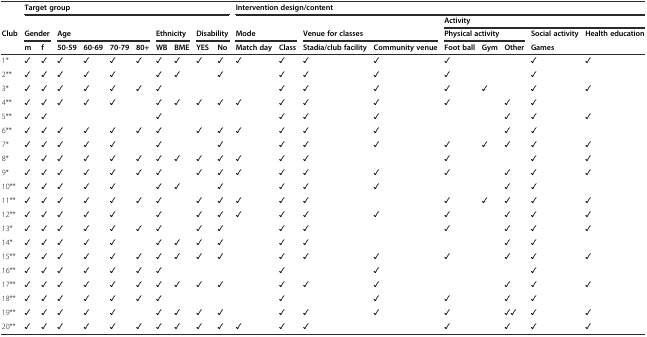
<table><thead><tr><td></td><td colspan="10"><b>Target group</b></td><td colspan="9"><b>Intervention design/content</b></td></tr><tr><td></td><td colspan="2"></td><td colspan="8"></td><td colspan="4"></td><td colspan="5"><b>Activity</b></td></tr><tr><td><b>Club</b></td><td colspan="2"><b>Gender</b></td><td colspan="4"><b>Age</b></td><td colspan="2"><b>Ethnicity</b></td><td colspan="2"><b>Disability</b></td><td colspan="2"><b>Mode</b></td><td colspan="2"><b>Venue for classes</b></td><td colspan="3"><b>Physical activity</b></td><td><b>Social activity</b></td><td><b>Health education</b></td></tr><tr><td></td><td><b>m</b></td><td><b>f</b></td><td><b>50-59</b></td><td><b>60-69</b></td><td><b>70-79</b></td><td><b>80+</b></td><td><b>WB</b></td><td><b>BME</b></td><td><b>YES</b></td><td><b>No</b></td><td><b>Match day</b></td><td><b>Class</b></td><td><b>Stadia/club facility</b></td><td><b>Community venue</b></td><td><b>Foot ball</b></td><td><b>Gym</b></td><td><b>Other</b></td><td><b>Games</b></td><td></td></tr></thead><tbody><tr><td>1*</td><td>✓</td><td>✓</td><td>✓</td><td>✓</td><td>✓</td><td>✓</td><td>✓</td><td>✓</td><td>✓</td><td>✓</td><td>✓</td><td>✓</td><td>✓</td><td>✓</td><td>✓</td><td></td><td></td><td>✓</td><td>✓</td></tr><tr><td>2**</td><td>✓</td><td>✓</td><td>✓</td><td>✓</td><td>✓</td><td></td><td>✓</td><td>✓</td><td></td><td>✓</td><td></td><td>✓</td><td>✓</td><td>✓</td><td>✓</td><td></td><td></td><td>✓</td><td></td></tr><tr><td>3*</td><td>✓</td><td>✓</td><td>✓</td><td>✓</td><td>✓</td><td>✓</td><td>✓</td><td></td><td></td><td></td><td></td><td>✓</td><td>✓</td><td>✓</td><td>✓</td><td>✓</td><td></td><td>✓</td><td>✓</td></tr><tr><td>4**</td><td>✓</td><td>✓</td><td>✓</td><td>✓</td><td>✓</td><td></td><td>✓</td><td>✓</td><td>✓</td><td>✓</td><td>✓</td><td>✓</td><td>✓</td><td>✓</td><td>✓</td><td></td><td>✓</td><td>✓</td><td></td></tr><tr><td>5**</td><td>✓</td><td>✓</td><td></td><td></td><td></td><td></td><td>✓</td><td></td><td></td><td></td><td></td><td>✓</td><td>✓</td><td>✓</td><td></td><td></td><td>✓</td><td>✓</td><td>✓</td></tr><tr><td>6**</td><td>✓</td><td>✓</td><td>✓</td><td>✓</td><td>✓</td><td>✓</td><td>✓</td><td></td><td>✓</td><td>✓</td><td>✓</td><td>✓</td><td>✓</td><td>✓</td><td></td><td></td><td>✓</td><td>✓</td><td></td></tr><tr><td>7*</td><td>✓</td><td>✓</td><td>✓</td><td>✓</td><td>✓</td><td></td><td>✓</td><td></td><td></td><td>✓</td><td></td><td>✓</td><td>✓</td><td>✓</td><td>✓</td><td>✓</td><td>✓</td><td>✓</td><td>✓</td></tr><tr><td>8*</td><td>✓</td><td>✓</td><td>✓</td><td>✓</td><td>✓</td><td>✓</td><td>✓</td><td>✓</td><td>✓</td><td>✓</td><td>✓</td><td>✓</td><td>✓</td><td></td><td>✓</td><td></td><td></td><td>✓</td><td>✓</td></tr><tr><td>9*</td><td>✓</td><td>✓</td><td>✓</td><td>✓</td><td>✓</td><td>✓</td><td>✓</td><td></td><td>✓</td><td>✓</td><td>✓</td><td>✓</td><td>✓</td><td>✓</td><td>✓</td><td></td><td>✓</td><td>✓</td><td>✓</td></tr><tr><td>10**</td><td>✓</td><td>✓</td><td>✓</td><td>✓</td><td>✓</td><td></td><td>✓</td><td>✓</td><td></td><td>✓</td><td></td><td>✓</td><td>✓</td><td>✓</td><td></td><td></td><td>✓</td><td>✓</td><td></td></tr><tr><td>11**</td><td>✓</td><td>✓</td><td>✓</td><td>✓</td><td>✓</td><td>✓</td><td>✓</td><td></td><td>✓</td><td>✓</td><td>✓</td><td>✓</td><td>✓</td><td></td><td>✓</td><td>✓</td><td>✓</td><td>✓</td><td>✓</td></tr><tr><td>12**</td><td>✓</td><td>✓</td><td>✓</td><td>✓</td><td>✓</td><td></td><td>✓</td><td></td><td>✓</td><td>✓</td><td>✓</td><td>✓</td><td>✓</td><td>✓</td><td>✓</td><td></td><td>✓</td><td>✓</td><td>✓</td></tr><tr><td>13*</td><td>✓</td><td>✓</td><td>✓</td><td>✓</td><td>✓</td><td>✓</td><td>✓</td><td></td><td>✓</td><td>✓</td><td></td><td>✓</td><td>✓</td><td></td><td>✓</td><td></td><td>✓</td><td>✓</td><td>✓</td></tr><tr><td>14*</td><td>✓</td><td>✓</td><td>✓</td><td>✓</td><td>✓</td><td></td><td>✓</td><td>✓</td><td>✓</td><td>✓</td><td></td><td>✓</td><td>✓</td><td></td><td></td><td></td><td>✓</td><td>✓</td><td></td></tr><tr><td>15**</td><td>✓</td><td>✓</td><td>✓</td><td>✓</td><td>✓</td><td>✓</td><td>✓</td><td>✓</td><td>✓</td><td>✓</td><td></td><td>✓</td><td>✓</td><td>✓</td><td>✓</td><td></td><td>✓</td><td>✓</td><td>✓</td></tr><tr><td>16**</td><td>✓</td><td>✓</td><td>✓</td><td>✓</td><td>✓</td><td>✓</td><td>✓</td><td></td><td></td><td></td><td></td><td>✓</td><td></td><td>✓</td><td></td><td></td><td></td><td>✓</td><td></td></tr><tr><td>17**</td><td>✓</td><td>✓</td><td>✓</td><td>✓</td><td>✓</td><td>✓</td><td>✓</td><td>✓</td><td>✓</td><td>✓</td><td></td><td>✓</td><td>✓</td><td>✓</td><td></td><td></td><td>✓</td><td>✓</td><td>✓</td></tr><tr><td>18**</td><td>✓</td><td>✓</td><td>✓</td><td>✓</td><td>✓</td><td>✓</td><td>✓</td><td></td><td></td><td></td><td></td><td>✓</td><td></td><td>✓</td><td>✓</td><td></td><td>✓</td><td>✓</td><td></td></tr><tr><td>19**</td><td>✓</td><td>✓</td><td>✓</td><td>✓</td><td>✓</td><td></td><td>✓</td><td>✓</td><td>✓</td><td>✓</td><td></td><td>✓</td><td>✓</td><td>✓</td><td>✓</td><td></td><td>✓✓</td><td>✓</td><td>✓</td></tr><tr><td>20**</td><td>✓</td><td>✓</td><td>✓</td><td>✓</td><td>✓</td><td>✓</td><td>✓</td><td>✓</td><td>✓</td><td>✓</td><td>✓</td><td>✓</td><td>✓</td><td></td><td>✓</td><td></td><td>✓</td><td>✓</td><td>✓</td></tr></tbody></table>